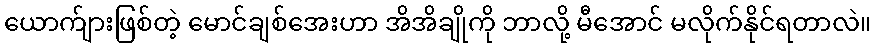
ယောက်ျားဖြစ်တဲ့ မောင်ချစ်အေးဟာ အိအိချိုကို ဘာလို့ မီအောင် မလိုက်နိုင်ရတာလဲ။